Report on the bubonic plague in Bombay, 1896-1897
Year: 1896
Disease focus: Plague
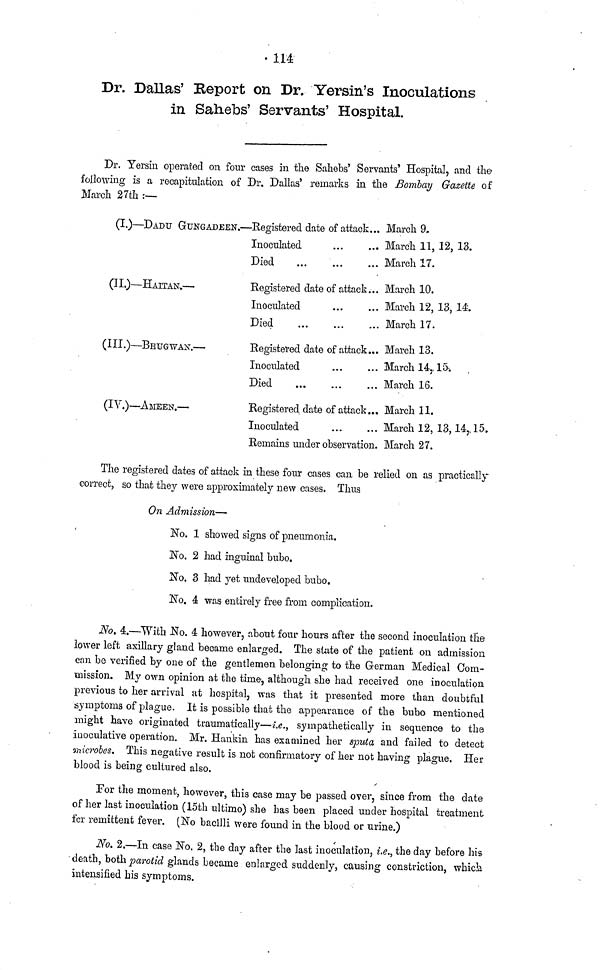
114
Dr. Dallas' Report on Dr. Yersin's Inoculations
in Sahebs' Servants' Hospital.
Dr. Yersin operated on four cases in the Sahebs' Servants' Hospital, and the
following is a recapitulation of Dr. Dallas' remarks in the Bombay Gazette of
March 27th :—
(I.) — DADU GUKGADEEN.— Registered date of attack...
Inoculated
...
...
Died
March 9.
March 11, 12, 13.
March 17.
(II.) — HAITAN. —
Registered date of attack...
Inoculated
Died
March 10.
March 12, 13, 14.
March 17.
(III.) — BHUGWAN. —
Registered date of attack...
Inoculated
Died
March 13.
March 14, 15
March 16.
(IV.) — AMEEN. —
Registered date of attack...
Inoculated
Remains under observation.
March 11.
March 12, 13,14, 15.
March 27.
The registered dates of attack in these four cases can be relied on as practically
correct, so that they were approximately new cases. Thus
On Admission—
No. 1 showed signs of pneumonia.
No. 2 had inguinal bubo.
No. 3 had yet undeveloped bubo.
No. 4 was entirely free from complication.
No. 4.—With No. 4 however, about four hours after the second inoculation the
lower left axillary gland became enlarged. The suite of the patient on admission
can be verified by one of the gentlemen belonging to the German Medical Com-
mission. My own opinion at the time, although she had received one inoculation
previous to her arrival at hospital, was that it presented more than doubtful
symptoms of plague. It is possible that the appearance of the bubo mentioned
might have originated traumatically—i.e., sympathetically in sequence to the
inoculative operation. Mr. Hankin has examined her sputa and failed to detect
microbes. This negative result is nob confirmatory of her not having plague. Her
blood is being cultured also.
For the moment, however, this case may be passed over, since from the date
of her last inoculation (15th ultimo) she has been placed under hospital treatment
for remittent fever. (No bacilli were found in the blood or urine.)
No. 2.—In case No. 2, the day after the last inoculation, i.e., the day before his
death, both parotid glands became enlarged suddenly, causing constriction, which
intensified his symptoms.